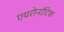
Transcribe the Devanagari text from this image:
एयरोनॉटिक